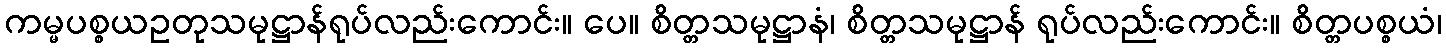
ကမ္မပစ္စယဥတုသမုဋ္ဌာန်ရုပ်လည်းကောင်း။ ပေ။ စိတ္တသမုဋ္ဌာနံ၊ စိတ္တသမုဋ္ဌာန် ရုပ်လည်းကောင်း။ စိတ္တပစ္စယံ၊